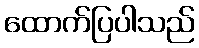
ထောက်ပြပါသည်